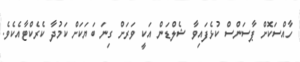
ހާއްސަކޮށް ޕާސަންސް ކުޅެފައިވާ ޝެލްޑަން އަކީ ވަރަށް ގިނަ ބަޔަކަށް ކަމުދާ ކެރެކްޓާއެކެވެ.